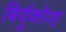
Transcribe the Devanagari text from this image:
बिर्युकोव्ह